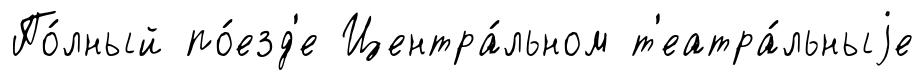
По́лный по́езд'е Центра́льном т'еатра́льныjе